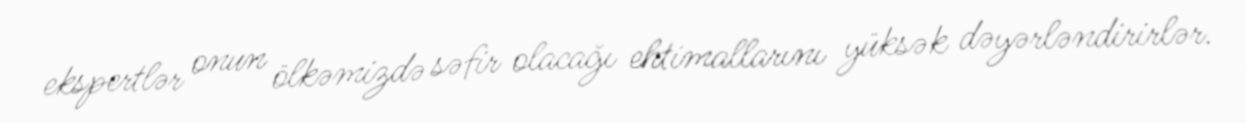
ekspertlər onun ölkəmizdə səfir olacağı ehtimallarını yüksək dəyərləndirirlər.